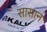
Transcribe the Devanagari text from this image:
सासान